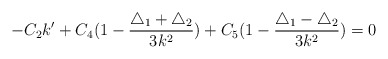
\begin{align*}-C_2k' + C_4(1-\frac{\triangle_1 +\triangle_2}{3k^2}) +C_5(1-\frac{\triangle_1-\triangle_2}{3k^2})=0\end{align*}